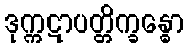
ဒုက္ကဋာပတ္တိက္ခန္ဓော